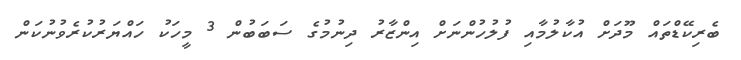
ބެރިކޭޑްތައް މޫދަށް އުކާލުމާއި ފުލުހުންނަށް އިންޒާރު ދިނުމުގެ ސަބަބުން 3 މީހަކު ހައްޔަރުކުރެވުނުކަން